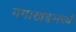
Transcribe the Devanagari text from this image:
गंगाखेडमध्ये